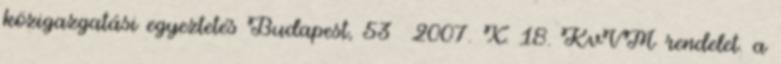
közigazgatási egyeztetés Budapest, 53 2007. X. 18. KvVM rendelet. a